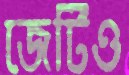
জেটিও